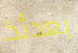
بعدئذ